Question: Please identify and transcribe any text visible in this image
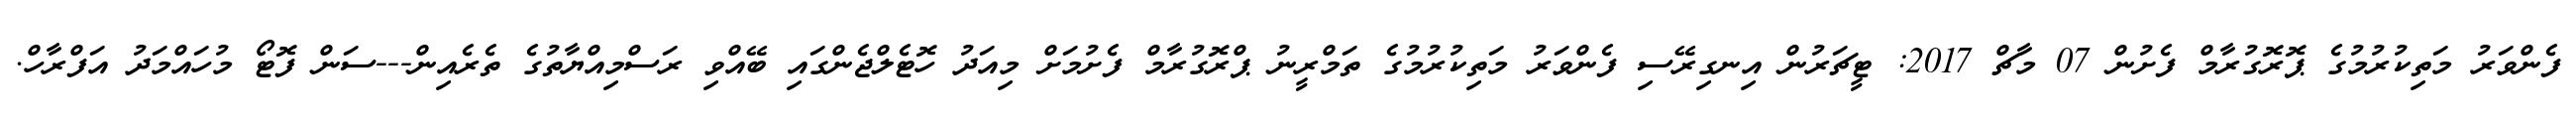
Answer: ފެންވަރު މަތިކުރުމުގެ ޕޮރޮގުރާމް ފެށުން 07 މާޗް 2017: ޓީޗަރުން އިނގިރޭސި ފެންވަރު މަތިކުރުމުގެ ތަމްރީނު ޕްރޮގުރާމް ފެށުމަށް މިއަދު ހޮޓެލްޖެންގައި ބޭއްވި ރަސްމިއްޔާތުގެ ތެރެއިން---ސަން ފޮޓޯ މުހައްމަދު އަފްރާހް.